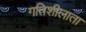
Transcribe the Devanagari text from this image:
गतिशीलाता